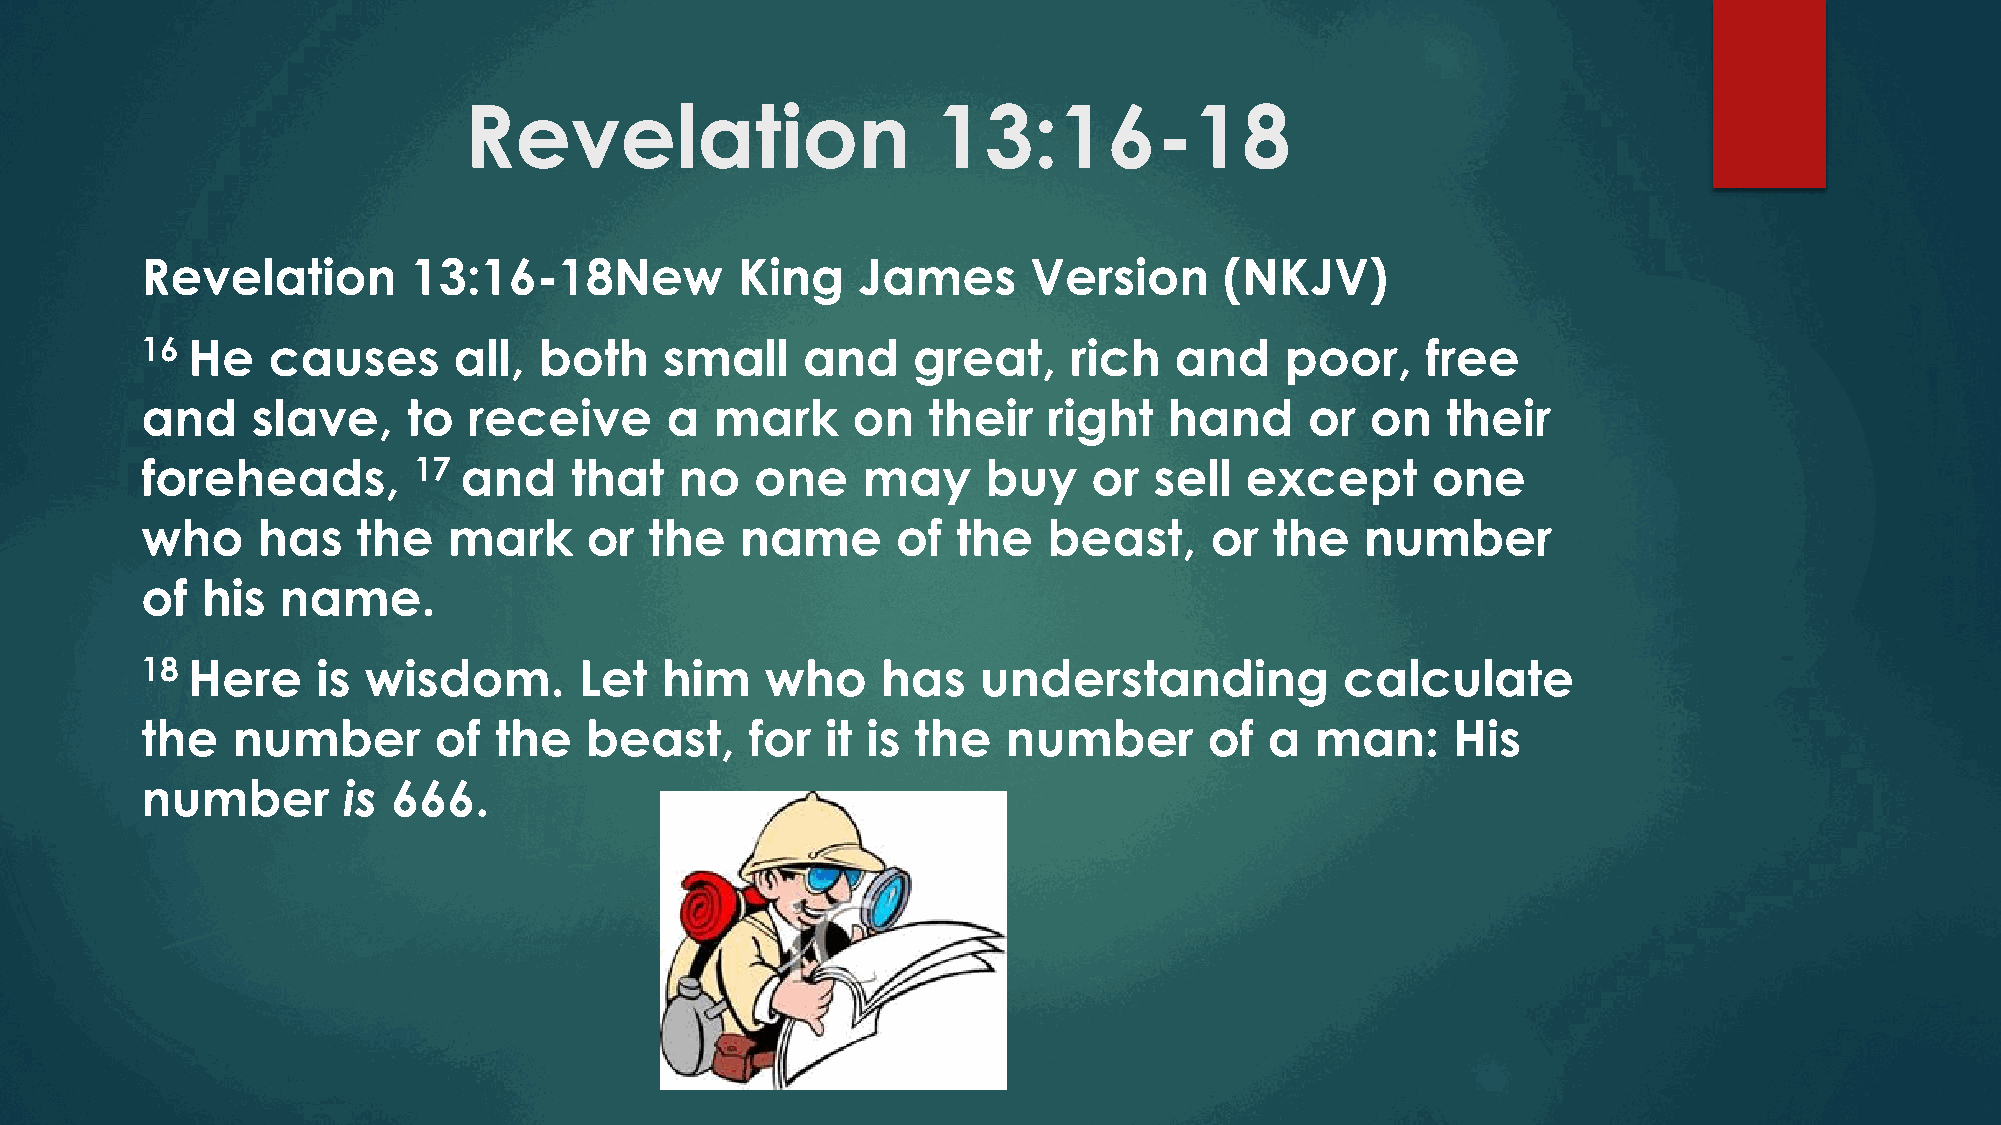
Revelation                     13:16-18
 Revelation        13:16-18New           King    James      Version      (NKJV)
 16 He    causes      all,  both    small    and    great,     rich   and    poor,    free
 and     slave,    to  receive      a  mark     on   their   right   hand      or  on   their
 foreheads,        17 and     that   no   one    may     buy    or  sell  except       one
 who     has    the   mark     or  the   name      of  the   beast,     or  the   number
 of  his  name.
 18 Here     is wisdom.       Let   him    who    has    understanding           calculate
 the   number        of  the   beast,     for  it is the   number       of  a  man:     His
 number        is 666.